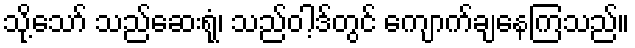
သို့သော် သည်ဆေးရုံ၊ သည်ဝါ့ဒ်တွင် ကျောက်ချနေကြသည်။